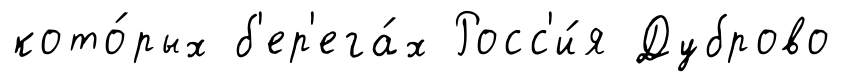
кото́рых б'ер'ега́х Росс'и́я Дуброво